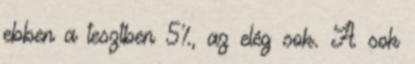
ebben a tesztben 5%, az elég sok. A sok